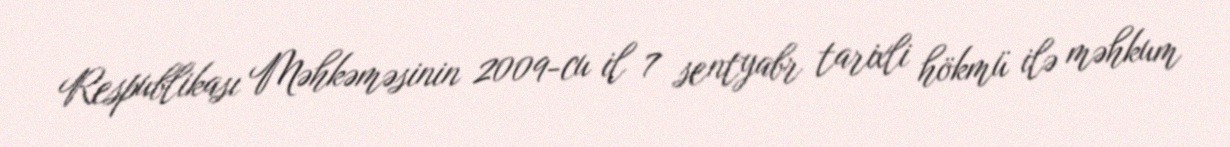
Respublikası Məhkəməsinin 2009-cu il 7 sentyabr tarixli hökmü ilə məhkum